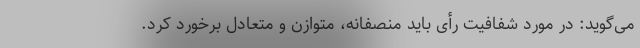
می‌گوید: در مورد شفافیت رأی باید منصفانه، متوازن و متعادل برخورد کرد.